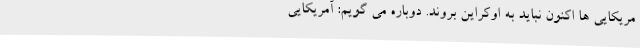
مریکایی ها اکنون نباید به اوکراین بروند. دوباره می گویم: آمریکایی